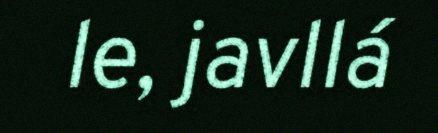
le, javllá